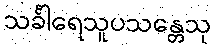
သင်္ခါရေသူပသန္တေသု